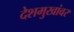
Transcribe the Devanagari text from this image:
देशमुखांवर